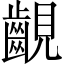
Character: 𧢟